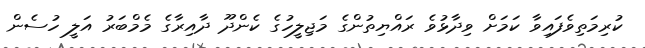
ކުރިމަތިވެފައިވާ ކަމަށް ވިދާޅުވެ ރައްޔިތުންގެ މަޖިލީހުގެ ކެންދޫ ދާއިރާގެ މެމްބަރު އަލީ ހުސެން